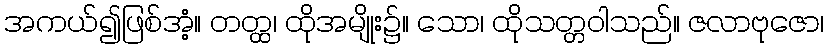
အကယ်၍ဖြစ်အံ့။ တတ္ထ၊ ထိုအမျိုး၌။ သော၊ ထိုသတ္တဝါသည်။ ဇလာဗုဇော၊